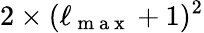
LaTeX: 2\times(\ell_{\mathrm{~m~a~x~}}+1)^{2}